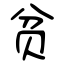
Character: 贫